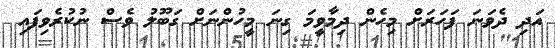
އަދި ދެވަނަ ފަހަރަށް މިހެން ދިމާވީމަ ގިނަ މީހުންނަށް ގަބޫލު ވެސް ނުކުރެވިފައި